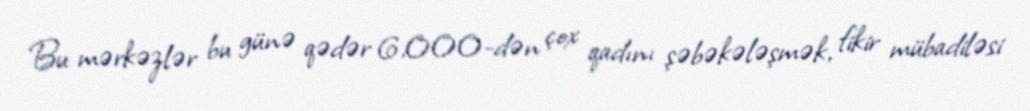
Bu mərkəzlər bu günə qədər 6,000-dən çox qadını şəbəkələşmək, fikir mübadiləsi